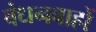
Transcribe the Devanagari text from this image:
बंधनबाहों